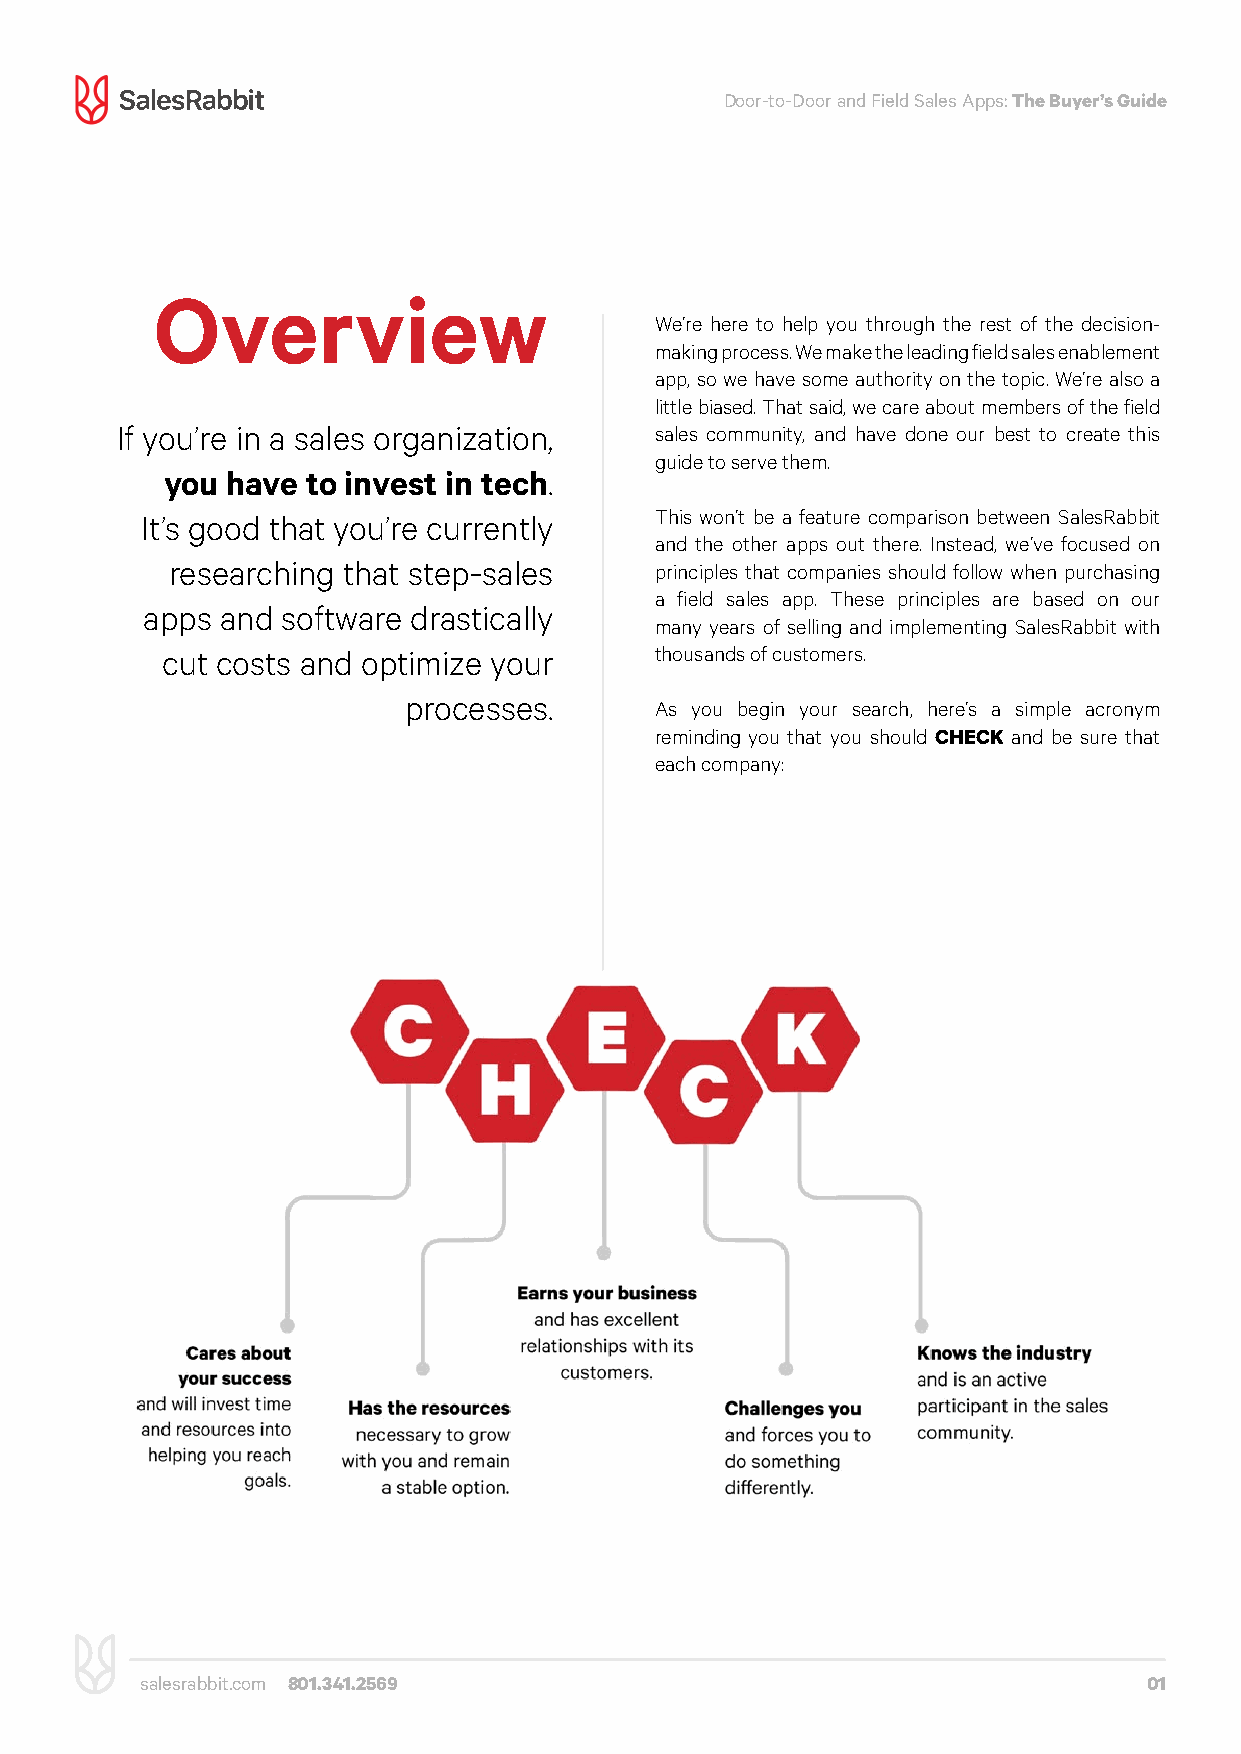
Door-to-Door and Field Sales Apps: The Buyer’s Guide
 Overview
 We’re here to help you through the rest of the decision-
 making process. We make the leading field sales enablement
 app, so we have some authority on the topic. We’re also a
 The Buyer’s
 little biased. That said, we care about members of the field
 If you’re in a sales organization, sales community, and have done our best to create this
 guide to serve them.
 you have to invest in tech.
 Guide
 It’s good that you’re currently   This won’t be a feature comparison between SalesRabbit
 and the other apps out there. Instead, we’ve focused on
 researching that step-sales     principles that companies should follow when purchasing
 a field sales app. These principles are based on our
 apps  and software drastically
 many years of selling and implementing SalesRabbit with
 cut costs and optimize your     thousands of customers.
 processes.
 As you begin your search, here’s a simple acronym
 reminding you that you should CHECK and be sure that
 each company:
 salesrabbit.com 801.341.2569                                       01